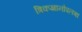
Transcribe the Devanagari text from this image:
त्रिकज्ञानोपलब्ध